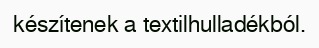
készítenek a textilhulladékból.